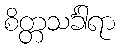
စိတ္တသင်္ခါရာ